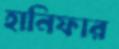
হানিফার